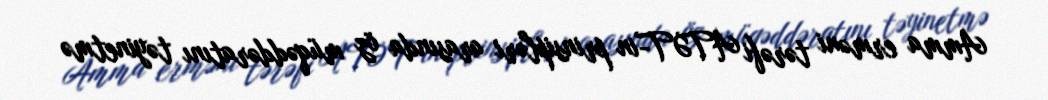
Amma erməni tərəfi ATƏT-in prinsipləri arasında öz müqəddəratını təyinetmə